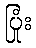
ပြုံး